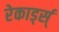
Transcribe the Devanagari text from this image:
रेकार्ड्स्